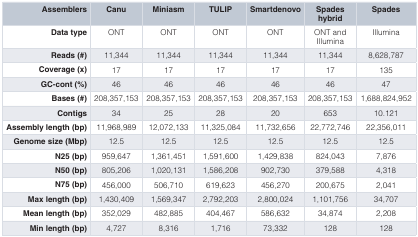
| Assemblers | Canu | Miniasm | TULIP | Smartdenovo | Spadeshybrid | Spades |
 | --- | --- | --- | --- | --- | --- | --- |
 | Data type | ONT | ONT | ONT | ONT | ONT andIllumina | Illumina |
 | Reads (#) | 11,344 | 11,344 | 11,344 | 11,344 | 11,344 | 8,628,787 |
 | Coverage (x) | 17 | 17 | 17 | 17 | 17 | 135 |
 | GC-cont (%) | 46 | 46 | 46 | 46 | 46 | 47 |
 | Bases (#) | 208,357,153 | 208,357,153 | 208,357,153 | 208,357,153 | 208,357,153 | 1,688,824,952 |
 | Contigs | 34 | 25 | 28 | 20 | 653 | 10.121 |
 | Assembly length (bp) | 11,968,989 | 12,072,133 | 11,325,084 | 11,732,656 | 22,772,746 | 22,356,011 |
 | Genome size (Mbp) | 12.5 | 12.5 | 12.5 | 12.5 | 12.5 | 12.5 |
 | N25 (bp) | 959,647 | 1,361,451 | 1,591,600 | 1,429,838 | 824,043 | 7,876 |
 | N50 (bp) | 805,206 | 1,020,131 | 1,586,208 | 902,730 | 379,588 | 4,318 |
 | N75 (bp) | 456,000 | 506,710 | 619,623 | 456,270 | 200,675 | 2,041 |
 | Max length (bp) | 1,430,409 | 1,569,347 | 2,792,203 | 2,800,024 | 1,101,756 | 34,707 |
 | Mean length (bp) | 352,029 | 482,885 | 404,467 | 586,632 | 34,874 | 2,208 |
 | Min length (bp) | 4,727 | 8,316 | 1,716 | 73,332 | 128 | 128 |